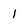
Character: l